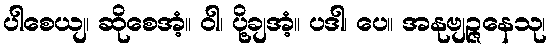
ပါစေယျ၊ ဆိုစေအံ့။ ဝါ၊ ပို့ချအံ့။ ပဒါ၊ ပေ။ အနုဗျဉ္ဇနေသု၊